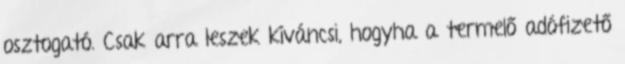
osztogató. Csak arra leszek kíváncsi, hogyha a termelő adófizető